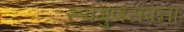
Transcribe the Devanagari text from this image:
रूपगुणसंपन्ना